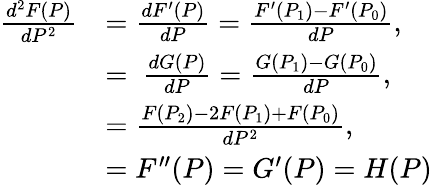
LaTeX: {\begin{array}{rl}{{\frac{d^{2}F(P)}{dP^{2}}}}&{={\frac{dF^{\prime}(P)}{dP}}={\frac{F^{\prime}(P_{1})-F^{\prime}(P_{0})}{dP}},}\\ &{=\ {\frac{dG(P)}{dP}}={\frac{G(P_{1})-G(P_{0})}{dP}},}\\ &{={\frac{F(P_{2})-2F(P_{1})+F(P_{0})}{dP^{2}}},}\\ &{=F^{\prime\prime}(P)=G^{\prime}(P)=H(P)}\end{array}}